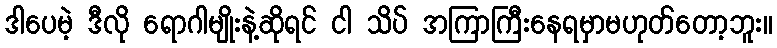
ဒါပေမဲ့ ဒီလို ရောဂါမျိုးနဲ့ဆိုရင် ငါ သိပ် အကြာကြီးနေရမှာမဟုတ်တော့ဘူး။